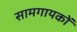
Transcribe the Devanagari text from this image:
सामगायकों